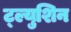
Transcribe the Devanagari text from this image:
ट्ल्युशिन